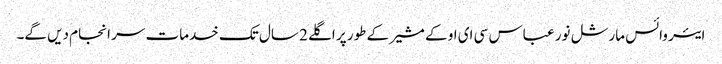
ایئر وائس مارشل نور عباس سی ای او کے مشیر کے طور پر اگلے 2 سال تک خدمات سر انجام دیں گے۔